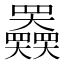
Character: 𡚤